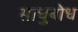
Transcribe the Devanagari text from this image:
साधुबोध